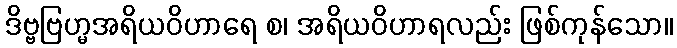
ဒိဗ္ဗဗြဟ္မအရိယဝိဟာရေ စ၊ အရိယဝိဟာရလည်း ဖြစ်ကုန်သော။